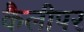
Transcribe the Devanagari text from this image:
कैलीपर